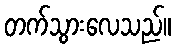
တက်သွားလေသည်။